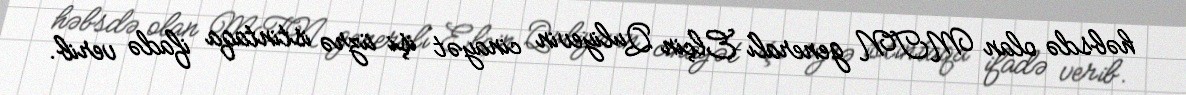
həbsdə olan MTN generalı Elçin Quliyevin cinayət işi üzrə istintaqa ifadə verib.